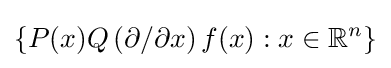
\left\{P(x)Q\left(\partial /\partial x\right)f(x):x\in \mathbb {R} ^{n}\right\}